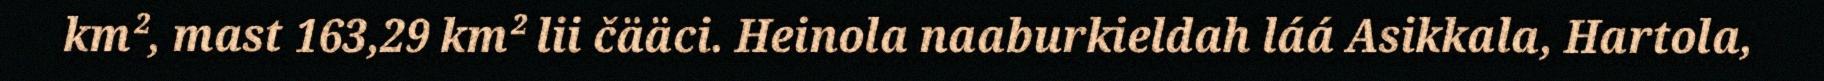
km², mast 163,29 km² lii čääci. Heinola naaburkieldah láá Asikkala, Hartola,